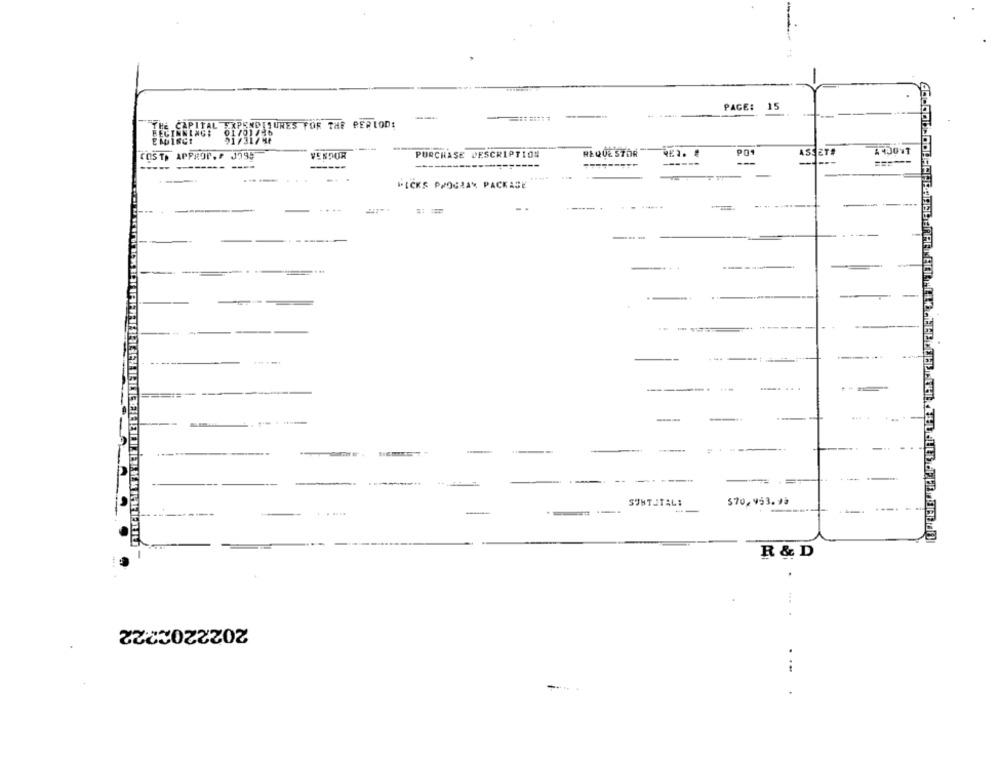
PAGE:
15
--
DILUNES FOR THE PERIOD:
PURCHASE DESCRIPTION
REQUE STOR
ASSET#
COST, APPROT.P J795
VENDOR
---
---
======
----
------
---
HICKS PROGRAM PACKAGE
.--.
...-
---
-----
-----
.. .
=----
----.
--
-
--
---------
--
SUNTUTAL:
$70,953.95
-
..
R & D
4.44
2022202222